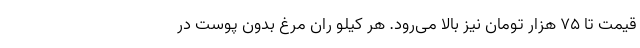
قیمت تا ۷۵ هزار تومان نیز بالا می‌رود. هر کیلو ران مرغ بدون پوست در